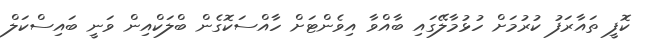
ކޮފީ ތައާރަފު ކުރުމަށް ހުޅުމާލޭގައި ބާއްވާ އިވެންޓަށް ހާއްސަކޮގެން ބްލަކްއިން ވަނީ ބައިސްކަލް